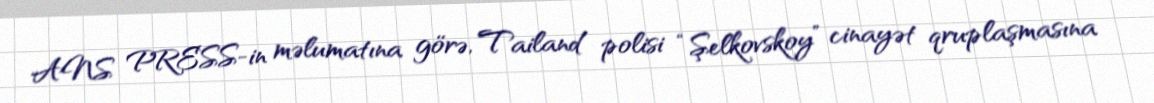
ANS PRESS-in məlumatına görə, Tailand polisi “Şelkovskoy” cinayət qruplaşmasına